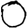
Digit: 0